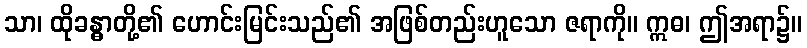
သာ၊ ထိုခန္ဓာတို့၏ ဟောင်းမြင်းသည်၏ အဖြစ်တည်းဟူသော ဇရာကို။ ဣဓ၊ ဤအရာ၌။